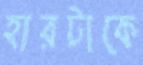
হারটাকে